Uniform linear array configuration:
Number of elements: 4
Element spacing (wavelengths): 0.25
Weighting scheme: hamming
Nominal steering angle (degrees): -15
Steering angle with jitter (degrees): -16.022
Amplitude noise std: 0.05
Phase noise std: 0.05

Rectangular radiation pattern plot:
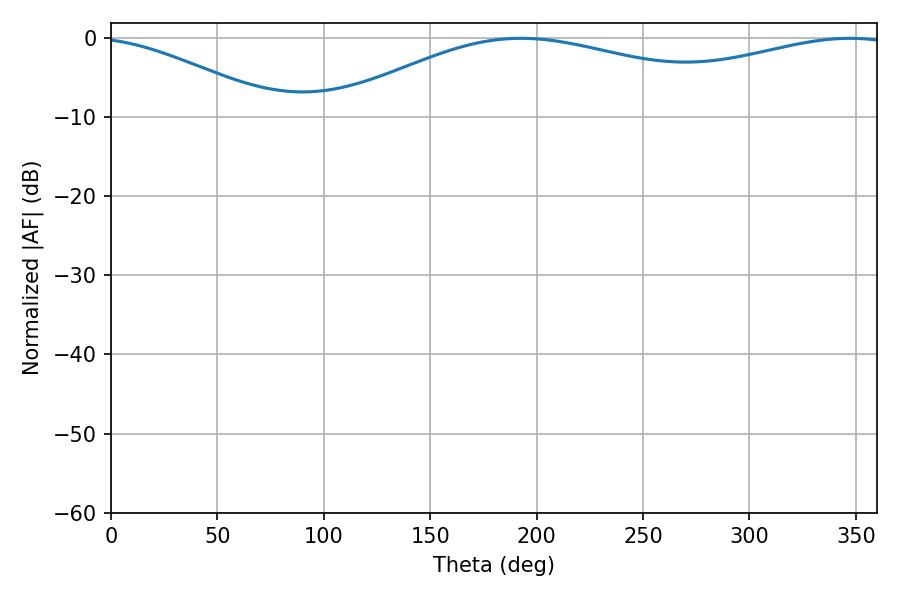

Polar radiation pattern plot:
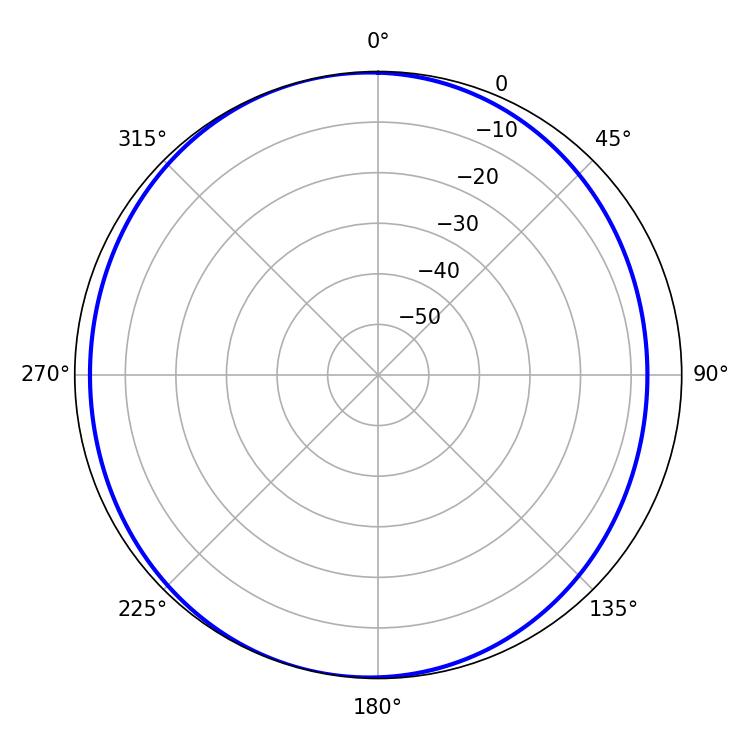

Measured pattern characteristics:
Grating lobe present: FALSE
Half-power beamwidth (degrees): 125.64
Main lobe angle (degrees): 192.6